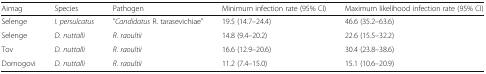
| Aimag | Species | Pathogen | Minimum infection rate (95% CI) | Maximum likelihood infection rate (95% CI) |
 | --- | --- | --- | --- | --- |
 | Selenge | I. persulcatus | "Candidatus R. tarasevichiae" | 19.5 (14.7–24.4) | 46.6 (35.2–63.6) |
 | Selenge | D. nuttalli | R. raoultii | 14.8 (9.4–20.2) | 22.6 (15.5–32.2) |
 | Tov | D. nuttalli | R. raoultii | 16.6 (12.9–20.6) | 30.4 (23.8–38.6) |
 | Dornogovi | D. nuttalli | R. raoultii | 11.2 (7.4–15.0) | 15.1 (10.6–20.9) |